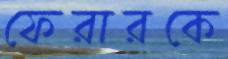
ফেরারকে